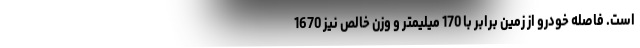
است. فاصله خودرو از زمین برابر با 170 میلیمتر و وزن خالص نیز 1670